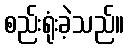
စည်းရုံးခဲ့သည်။